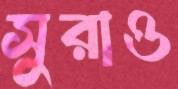
সুরাও